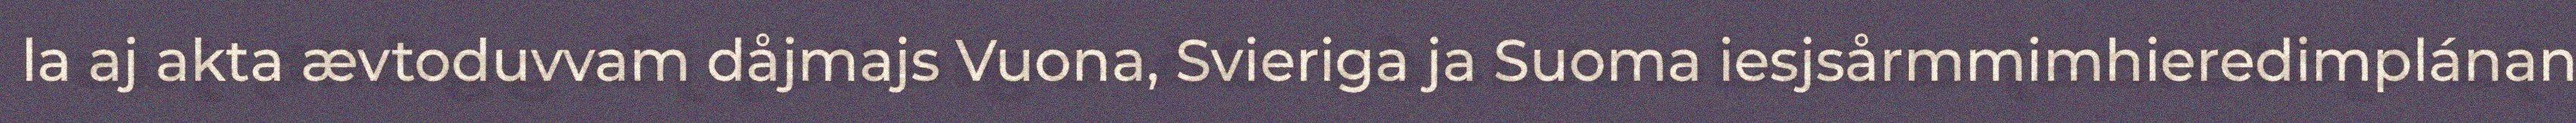
la aj akta ævtoduvvam dåjmajs Vuona, Svieriga ja Suoma iesjsårmmimhieredimplánan